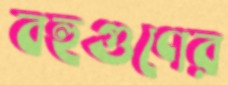
বহুগুণের